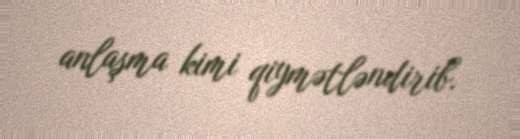
anlaşma kimi qiymətləndirib.